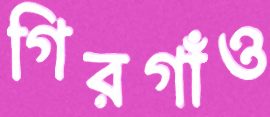
গিরগাঁও